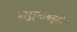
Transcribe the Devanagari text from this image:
प्रादुर्भावस्तोत्र